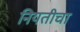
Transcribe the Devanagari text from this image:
नियतीचा